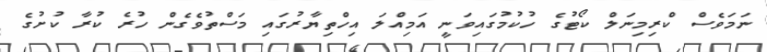
ނަމަވެސް ކްރިމިނަލް ކޯޓުގެ ހުކުމުގައިވަނީ އަމިއްލަ އިހްތިޔާރުގައި މަސްތުވެގެން ހުރެ ކުރާ ކުށުގެ